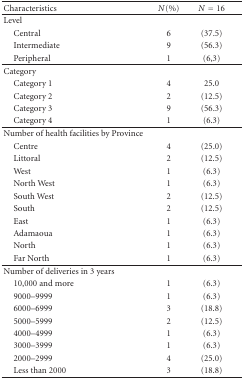
<table><thead><tr><td><b>Characteristics</b></td><td><b><i>N</i>(%)</b></td><td><b><i>N</i> = 16</b></td></tr></thead><tbody><tr><td>Level</td><td></td><td></td></tr><tr><td> Central</td><td>6</td><td>(37.5)</td></tr><tr><td> Intermediate</td><td>9</td><td>(56.3)</td></tr><tr><td> Peripheral</td><td>1</td><td> (6,3) </td></tr><tr><td>Category</td><td></td><td></td></tr><tr><td> Category 1</td><td>4</td><td>25.0</td></tr><tr><td> Category 2</td><td>2</td><td>(12.5)</td></tr><tr><td> Category 3</td><td>9</td><td>(56.3)</td></tr><tr><td> Category 4</td><td>1</td><td>(6.3) </td></tr><tr><td>Number of health facilities by Province</td><td></td><td></td></tr><tr><td> Centre</td><td>4</td><td>(25.0)</td></tr><tr><td> Littoral</td><td>2</td><td>(12.5)</td></tr><tr><td> West</td><td>1</td><td>(6.3)</td></tr><tr><td> North West</td><td>1</td><td>(6.3)</td></tr><tr><td> South West</td><td>2</td><td>(12.5)</td></tr><tr><td> South</td><td>2</td><td>(12.5)</td></tr><tr><td> East</td><td>1</td><td>(6.3)</td></tr><tr><td> Adamaoua</td><td>1</td><td>(6.3)</td></tr><tr><td> North</td><td>1</td><td>(6.3)</td></tr><tr><td> Far North</td><td>1</td><td>(6.3) </td></tr><tr><td>Number of deliveries in 3 years</td><td></td><td></td></tr><tr><td> 10,000 and more</td><td>1</td><td>(6.3)</td></tr><tr><td> 9000–9999</td><td>1</td><td>(6.3)</td></tr><tr><td> 6000–6999</td><td>3</td><td>(18.8)</td></tr><tr><td> 5000–5999</td><td>2</td><td>(12.5)</td></tr><tr><td> 4000–4999</td><td>1</td><td>(6.3)</td></tr><tr><td> 3000–3999</td><td>1</td><td>(6.3)</td></tr><tr><td> 2000–2999</td><td>4</td><td>(25.0)</td></tr><tr><td> Less than 2000</td><td>3</td><td>(18.8)</td></tr></tbody></table>